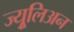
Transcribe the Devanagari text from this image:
ज्युूलिअन